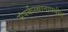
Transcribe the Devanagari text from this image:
संपर्कस्थानामधील